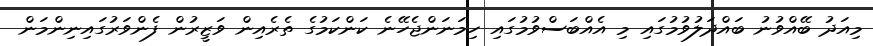
މިއަދު ބޭއްވުނު ބައްދަލުވުމުގައި މި އެއްބަސްވުމުގައި ހިމަނަންޖެހޭނެ ކަންކަމުގެ ތެރެއިން ވަޒީރުން ފެންވަރުގައިނިންމަން